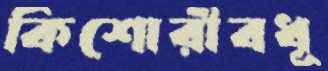
কিশোরীবধূ